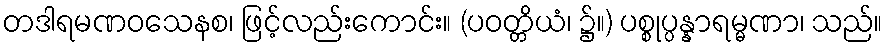
တဒါရမဏဝသေနစ၊ ဖြင့်လည်းကောင်း။ (ပဝတ္တိယံ၊ ၌။) ပစ္စုပ္ပန္နာရမ္မဏာ၊ သည်။